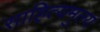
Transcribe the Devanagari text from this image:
साहित्यमुल्य